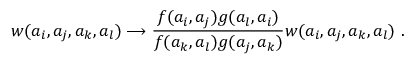
w ( a _ { i } , a _ { j } , a _ { k } , a _ { l } ) \longrightarrow \frac { f ( a _ { i } , a _ { j } ) g ( a _ { l } , a _ { i } ) } { f ( a _ { k } , a _ { l } ) g ( a _ { j } , a _ { k } ) } w ( a _ { i } , a _ { j } , a _ { k } , a _ { l } ) ~ .